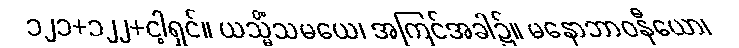
၁၂၁+၁၂၂+ငါ့ရှင်။ ယသ္မိံသမယေ၊ အကြင်အခါ၌။ မနောဘာဝနီယော၊